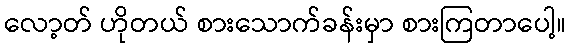
လော့တ် ဟိုတယ် စားသောက်ခန်းမှာ စားကြတာပေါ့။